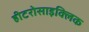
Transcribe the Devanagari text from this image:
हीटरोसाइक्लिक